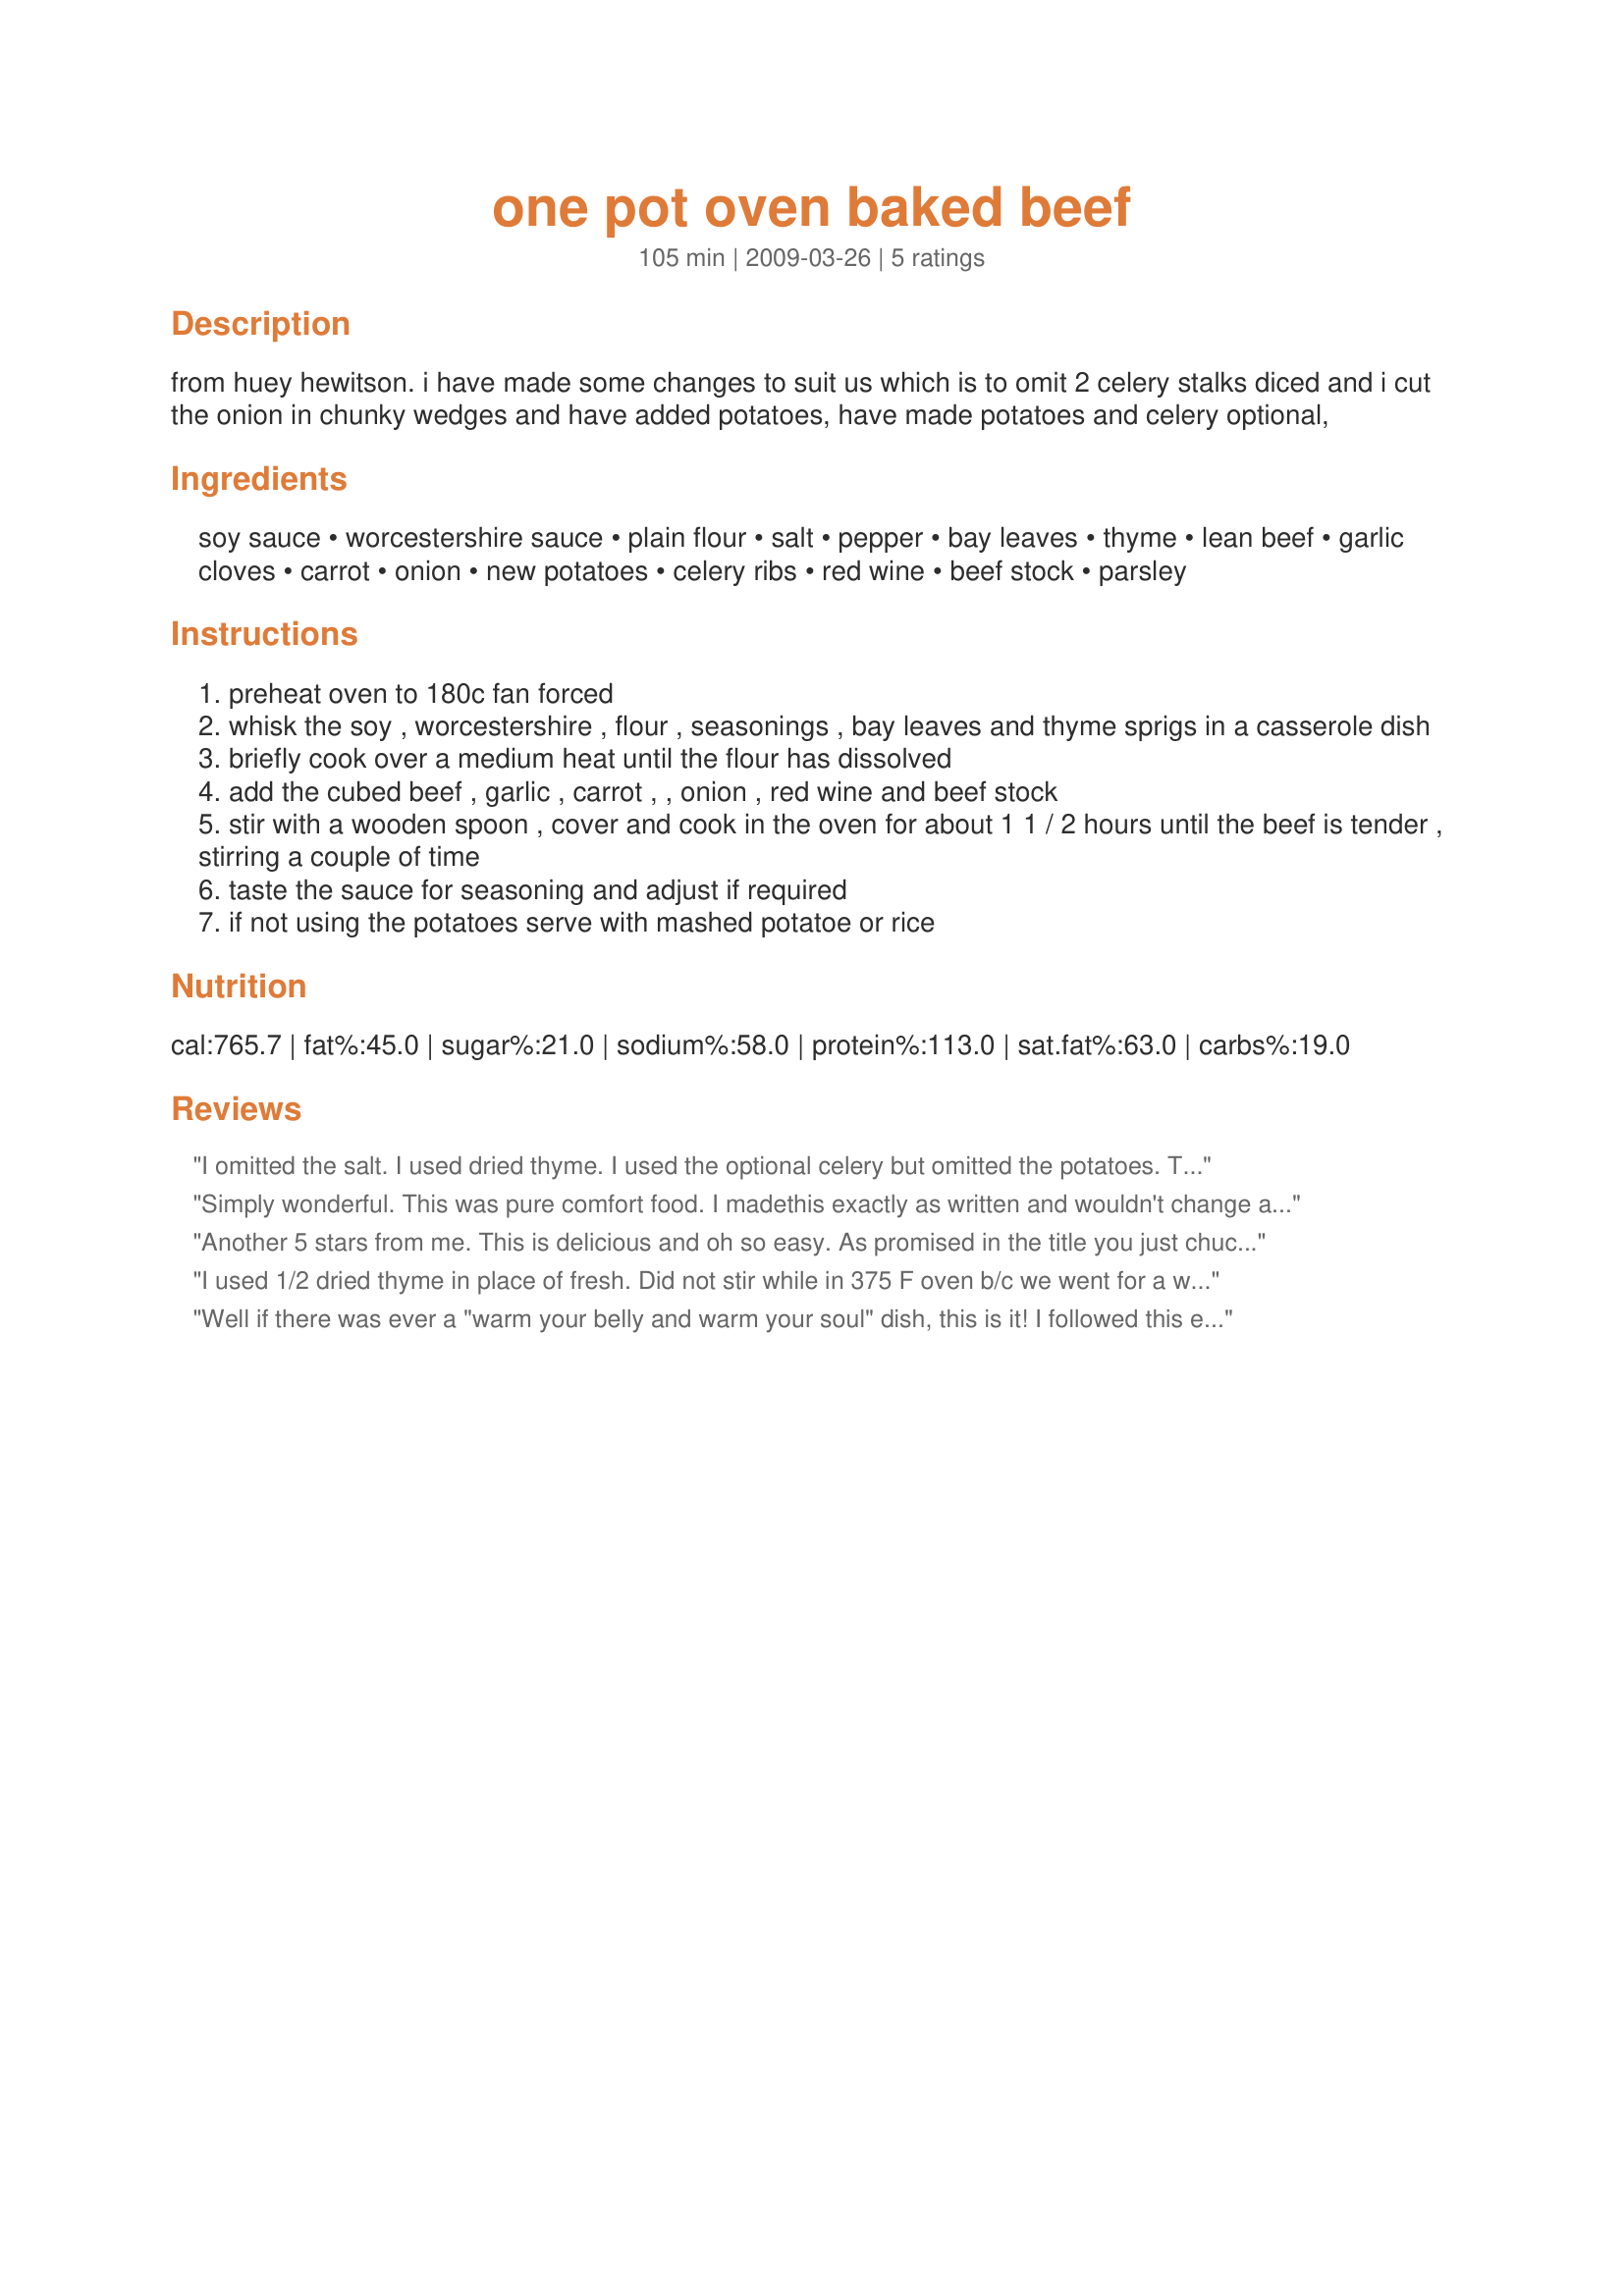
one pot oven baked beef
Preparation time: 105 minutes

from huey hewitson. i have made some changes to suit us which is to omit 2 celery stalks diced and i cut the onion in chunky wedges and have added potatoes, have made potatoes and celery optional,

Ingredients:
soy sauce, worcestershire sauce, plain flour, salt, pepper, bay leaves, thyme, lean beef, garlic cloves, carrot, onion, new potatoes, celery ribs, red wine, beef stock, parsley

Steps:
preheat oven to 180c fan forced
whisk the soy , worcestershire , flour , seasonings , bay leaves and thyme sprigs in a casserole dish
briefly cook over a medium heat until the flour has dissolved
add the cubed beef , garlic , carrot , , onion , red wine and beef stock
stir with a wooden spoon , cover and cook in the oven for about 1 1 / 2 hours until the beef is tender , stirring a couple of time
taste the sauce for seasoning and adjust if required
if not using the potatoes serve with mashed potatoe or rice

Reviews:
I omitted the salt. I used dried thyme. I used the optional celery but omitted the potatoes. The taste of the beef, veggies and gravy are so good. Tonight we ate it with rice. So good. Thanks I'mPat :) Made for the Aussie Swap for November 2010
Simply wonderful. This was pure comfort food. I madethis exactly as written and wouldn't change a thing. Made for Every Day is a Holiday Tag.
Another 5 stars from me. This is delicious and oh so easy. As promised in the title you just chuck everything in a pot and shove it into the oven. It came out with tender beef and well cooked veggies. I didn't have any parsley so topped the bowl with a small green onion. DH and I both loved it and it will be making more appearances at this house.
I used 1/2 dried thyme in place of fresh. Did not stir while in 375 F oven b/c we went for a walk and it was fine. Otherwise made as posted.1 kg is about 2 pounds of meat. Thanks ImPat for a tasty, simple, and hearty meal.
Well if there was ever a "warm your belly and warm your soul" dish, this is it! I followed this exactly, even using the optional potato and celery. I set the oven temp for our home to 350 degrees. I stirred this along, and put right into the warmed oven, let it roast the full time, let sit for about 14 minutes and served. You are gonna to wanna try this one! A keeper for sure, and so very easy! Made for *Flower Power* June 2009
